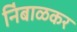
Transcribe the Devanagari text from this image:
नि॑बाळकर